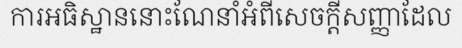
ការអធិស្ឋាននោះណែនាំអំពីសេចក្តីសញ្ញាដែល